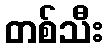
တစ်သီး